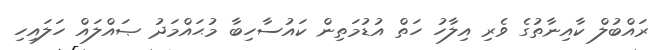
ރައްބުލް ކާއިނާތުގެ ވެރި އިލާހު ހަތް އުޑުމަތިން ކައުސާހިބާ މުޙައްމަދު ޞައްލައް ހަލައިހި